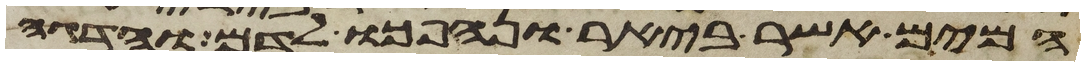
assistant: המים אשר ביאר ונהפכו לדם והדגה